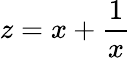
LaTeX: z=x+\frac{1}{x}